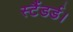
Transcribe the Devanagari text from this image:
स्टैंडर्ड।